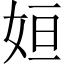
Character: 姮